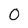
Character: 0